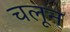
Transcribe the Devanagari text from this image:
चलून